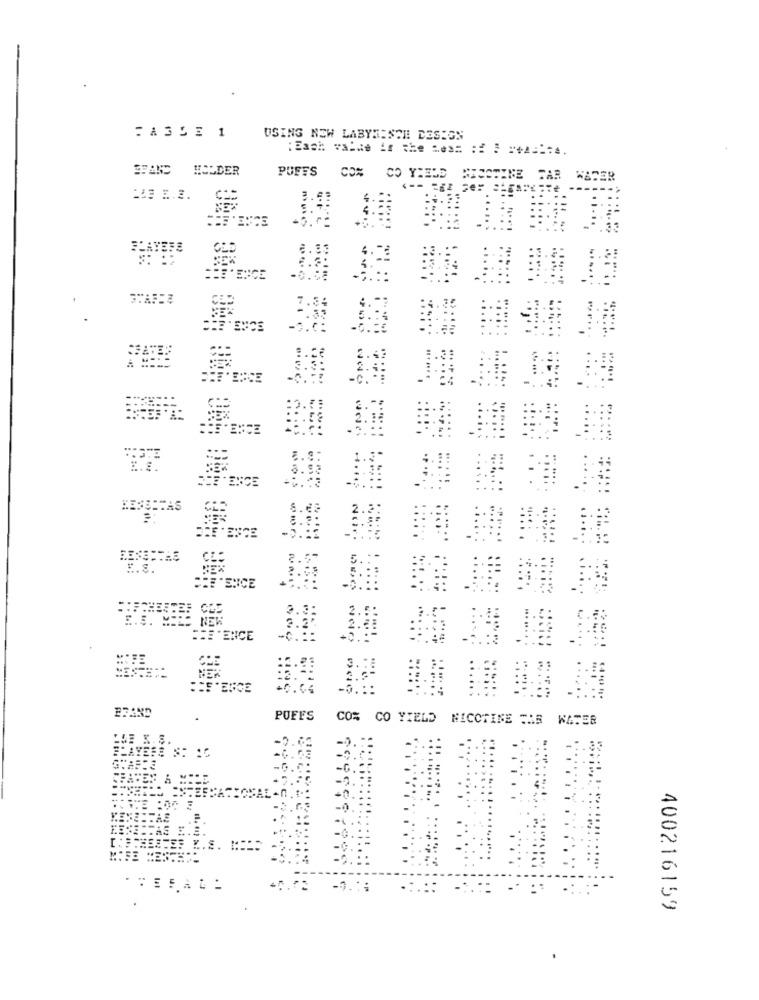
:A3LE 1
USING NEW LABYRISCHE DESIGN
HOLDER
PUFFS
CO%
CO YIELD
TAR
ENCE
2.3:
== EENCE
27AND
PUFFS
CO% CO YIELD NICOTINE TAS WATER
LOE K.S.
BLAYESE ST 1C
AS
ME
400216159